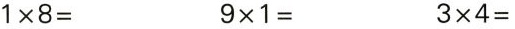
$$1 \times 8 =$$ $$9 \times 1 =$$ $$3 \times 4 =$$